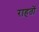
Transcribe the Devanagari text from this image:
राहतों